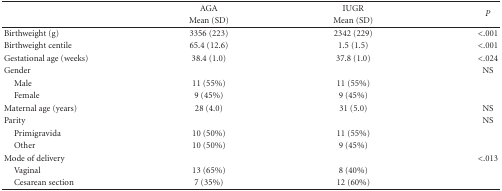
<table><thead><tr><td></td><td><b>AGA</b></td><td><b>IUGR </b></td><td rowspan="2"><b><i>P</i></b></td></tr><tr><td></td><td><b>Mean (SD)</b></td><td><b>Mean (SD)</b></td></tr></thead><tbody><tr><td>Birthweight (g)</td><td>3356 (223)</td><td>2342 (229)</td><td>&lt; .001</td></tr><tr><td>Birthweight centile</td><td>65.4 (12.6)</td><td>1.5 (1.5)</td><td>&lt; .001</td></tr><tr><td>Gestational age (weeks)</td><td>38.4 (1.0)</td><td>37.8 (1.0)</td><td>&lt; .024</td></tr><tr><td>Gender</td><td></td><td></td><td>NS</td></tr><tr><td><i> </i>Male</td><td>11 (55%)</td><td>11 (55%)</td><td></td></tr><tr><td><i> </i>Female</td><td>9 (45%)</td><td>9 (45%)</td><td></td></tr><tr><td>Maternal age (years)</td><td>28 (4.0)</td><td>31 (5.0)</td><td>NS</td></tr><tr><td>Parity</td><td></td><td></td><td>NS</td></tr><tr><td><i> </i>Primigravida</td><td>10 (50%)</td><td>11 (55%)</td><td></td></tr><tr><td><i> </i>Other</td><td>10 (50%)</td><td>9 (45%)</td><td></td></tr><tr><td>Mode of delivery</td><td></td><td></td><td>&lt; .013</td></tr><tr><td><i> </i>Vaginal</td><td>13 (65%)</td><td>8 (40%)</td><td></td></tr><tr><td><i> </i>Cesarean section</td><td>7 (35%)</td><td>12 (60%)</td><td></td></tr></tbody></table>